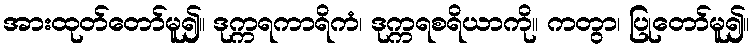
အားထုတ်တော်မူ၍။ ဒုက္ကရကာရိကံ၊ ဒုက္ကရစရိယာကို။ ကတွာ၊ ပြုတော်မူ၍။